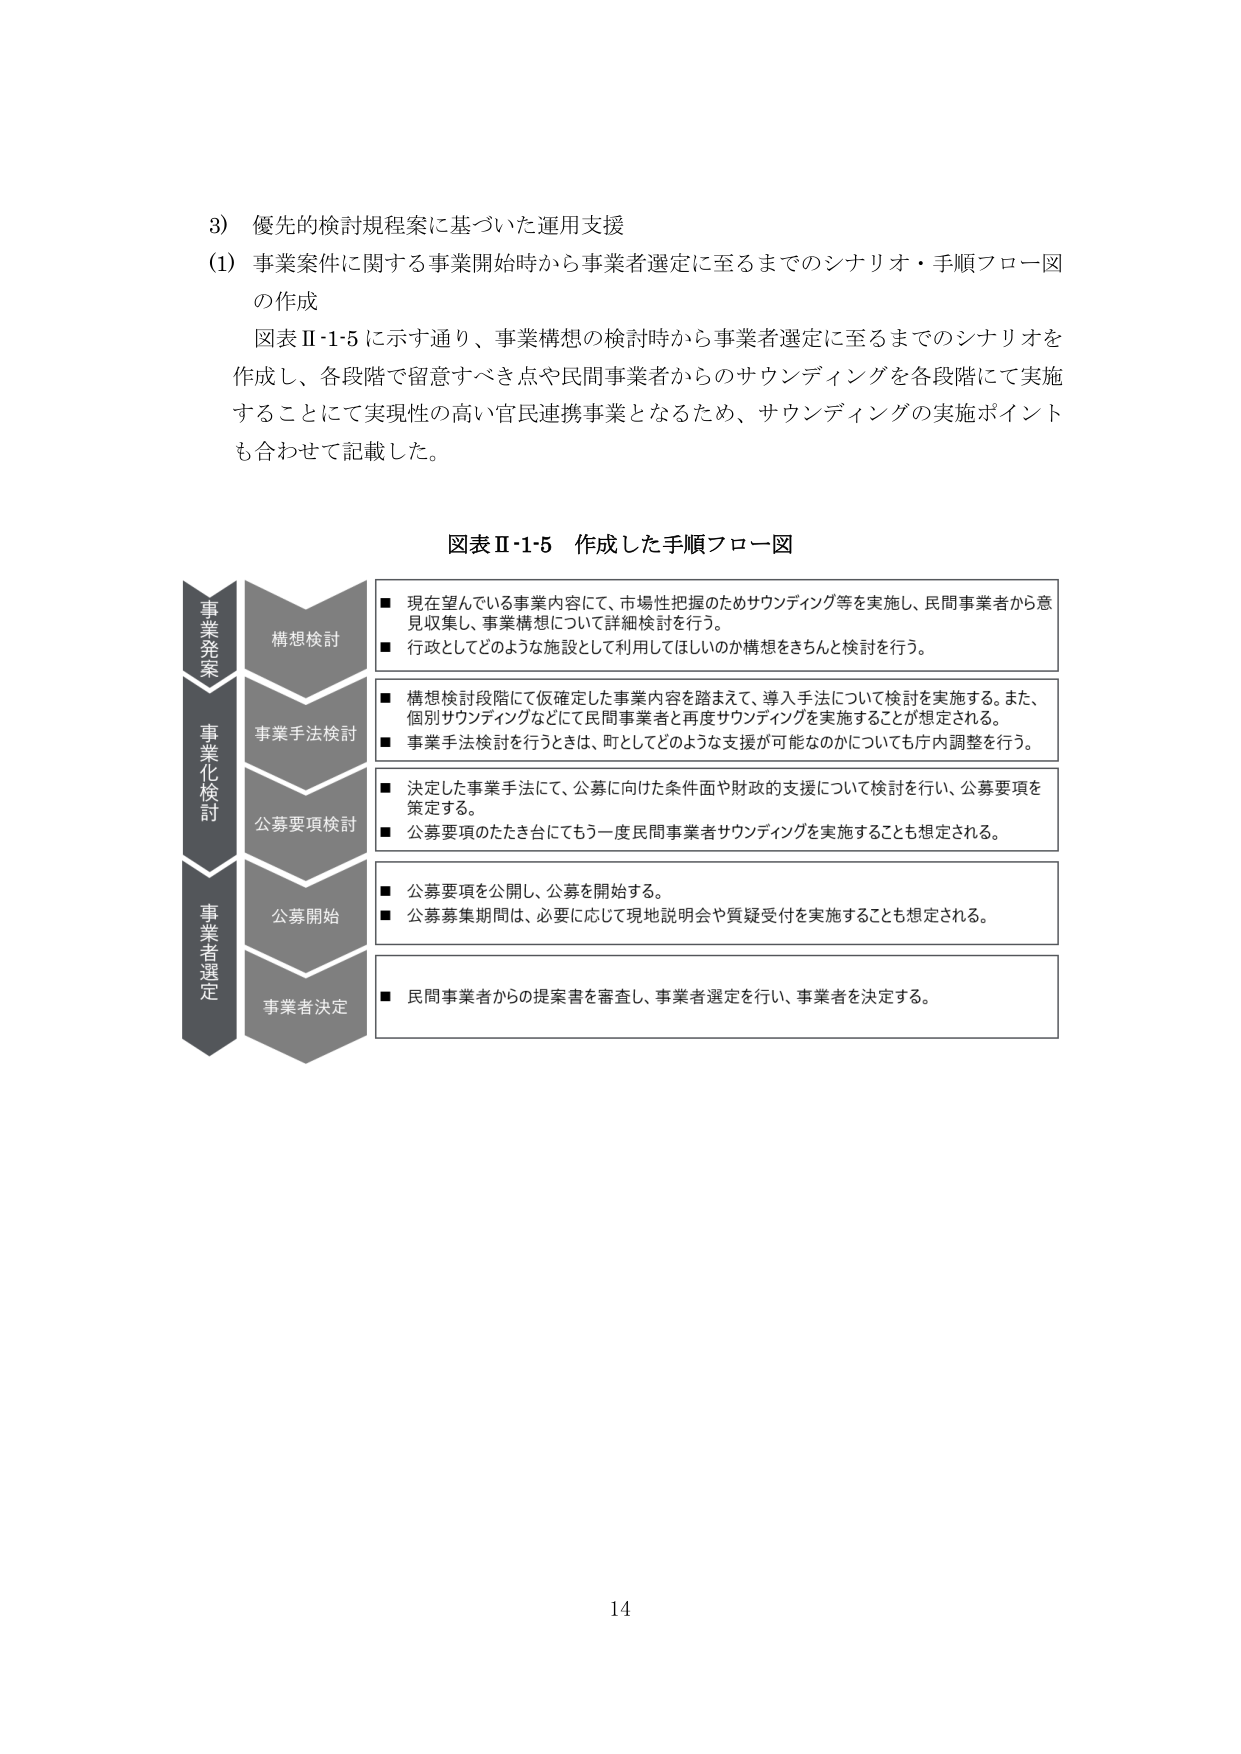
3) 優先的検討規程案に基づいた運用支援
(1) 事業案件に関する事業開始時から事業者選定に至るまでのシナリオ・手順フロー図の作成
図表Ⅱ-1-5に示す通り、事業構想の検討時から事業者選定に至るまでのシナリオを作成し、各段階で留意すべき点や民間事業者からのサウンディングを各段階にて実施することにて実現性の高い官民連携事業となるため、サウンディングの実施ポイントも合わせて記載した。

図表Ⅱ-1-5 作成した手順フロー図

事業発案
構想検討
■ 現在望んでいる事業内容にて、市場性把握のためサウンディング等を実施し、民間事業者から意見収集し、事業構想について詳細検討を行う。
■ 行政としてどのような施設として利用してほしいのか構想をきちんと検討を行う。

事業化検討
事業手法検討
■ 構想検討段階にて仮確定した事業内容を踏まえて、導入手法について検討を実施する。また、個別サウンディングなどにて民間事業者と再度サウンディングを実施することが想定される。
■ 事業手法検討を行うときは、町としてどのような支援が可能なのかについても庁内調整を行う。

公募要項検討
■ 決定した事業手法にて、公募に向けた条件面や財政的支援について検討を行い、公募要項を策定する。
■ 公募要項のたたき台にてもう一度民間事業者サウンディングを実施することも想定される。

事業者選定
公募開始
■ 公募要項を公開し、公募を開始する。
■ 公募募集期間は、必要に応じて現地説明会や質疑受付を実施することも想定される。

事業者決定
■ 民間事業者からの提案書を審査し、事業者選定を行い、事業者を決定する。

14